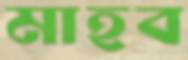
মাহব